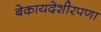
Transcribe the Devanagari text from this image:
बेकायदेशीरपणा